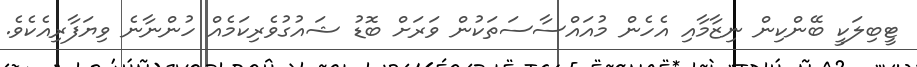
ޓީބިލަކީ ބޭންކިން ނިޒާމާއި އެހެން މުއައްސާސަތަކުން ވަރަށް ބޮޑު ޝައުގުވެރިކަމެއް ހުންނާނެ ވިޔަފާރިއެކެވެ.